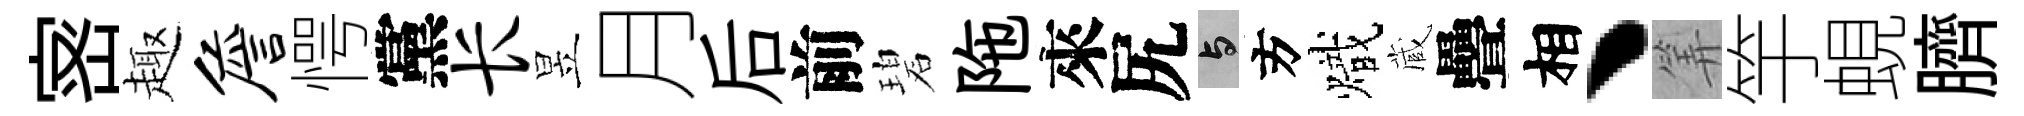
宻趣詹愕黨长昱月后前碧陁來尻与方熾蔵疊相丶筭竽蜆臍